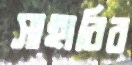
সাহাবির